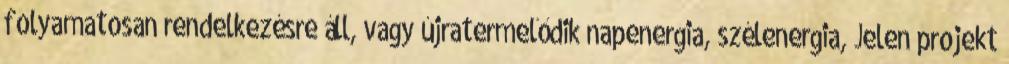
folyamatosan rendelkezésre áll, vagy újratermelődik napenergia, szélenergia, Jelen projekt